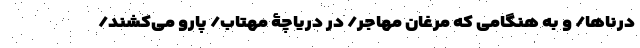
دُرناها/ و به هنگامی که مرغان مهاجر/ در دریاچۀ مهتاب/ پارو می‌کشند/